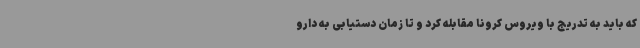
که باید به تدریج با ویروس کرونا مقابله کرد و تا زمان دستیابی به دارو